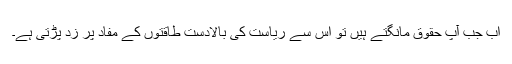
اب جب آپ حقوق مانگتے ہیں تو اس سے ریاست کی بالادست طاقتوں کے مفاد پر زد پڑتی ہے۔